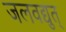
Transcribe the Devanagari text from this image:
जलवद्युत्‌